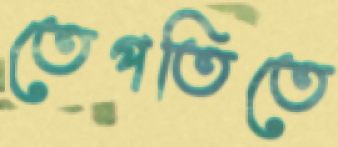
তেপতিতে